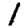
Digit: 1